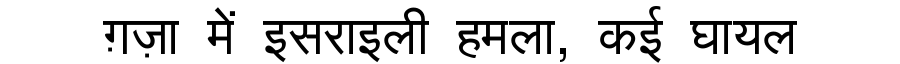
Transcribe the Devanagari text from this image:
ग़ज़ा में इसराइली हमला, कई घायल